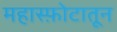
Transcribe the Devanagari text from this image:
महास्फ़ोटातून